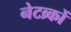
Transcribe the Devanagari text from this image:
नेटव्र्कों